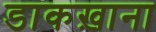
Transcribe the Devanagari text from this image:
डाकख़ाना